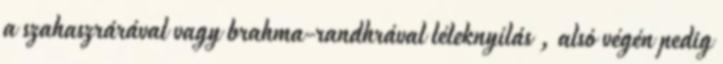
a szahaszrárával vagy brahma-randhrával léleknyílás , alsó végén pedig